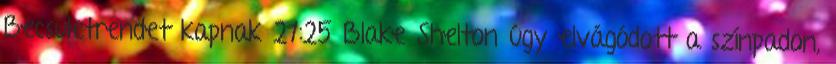
Becsületrendet kapnak 21:25 Blake Shelton úgy elvágódott a színpadon,